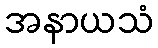
အနာယသံ